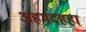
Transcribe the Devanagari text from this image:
अहमदहहा